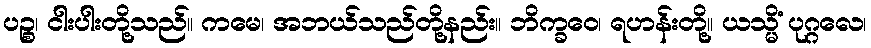
ပဉ္စ၊ ငါးပါးတို့သည်။ ကမေ၊ အဘယ်သည်တို့နည်း။ ဘိက္ခဝေ၊ ရဟန်းတို့။ ယသ္မိံ ပုဂ္ဂလေ၊